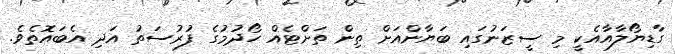
ގާޑިޔޯލާއާއެކީ މި ސީޒަނުގައި ބަޔާންއަށް ތިން ތަށްޓެއް ހޯދުމުގެ ފުރުސަތު އަދި އެބައޮތެވެ.